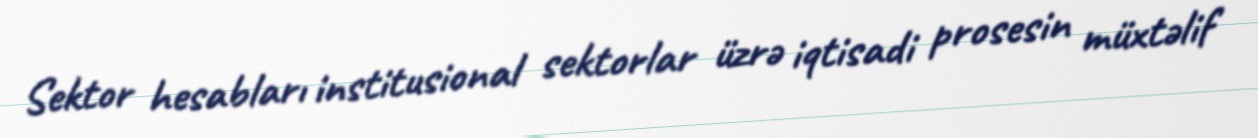
Sektor hesabları institusional sektorlar üzrə iqtisadi prosesin müxtəlif